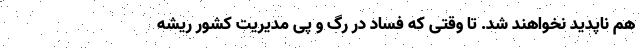
هم ناپدید نخواهند شد. تا وقتی که فساد در رگ و پی مدیریت کشور ریشه